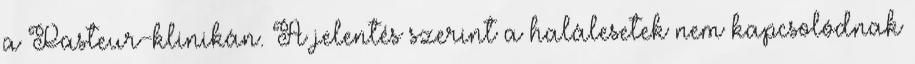
a Pasteur-klinikán. A jelentés szerint a halálesetek nem kapcsolódnak